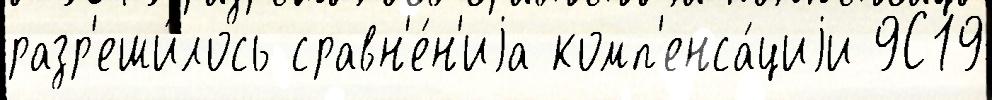
разр'еши́лось сравн'е́н'иjа комп'енса́циjи 9С19